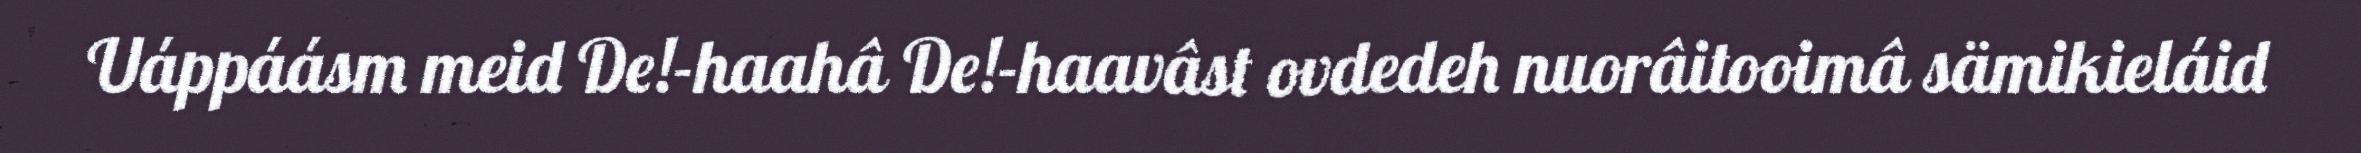
Uáppáásm meid De!-haahâ De!-haavâst ovdedeh nuorâitooimâ sämikieláid